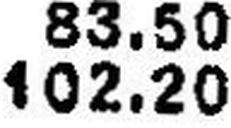
102.20